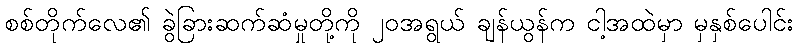
စစ်တိုက်လေ၏ ခွဲခြားဆက်ဆံမှုတို့ကို ၂၀အရွယ် ချန်ယွန်က ငါ့အထဲမှာ မှနှစ်ပေါင်း